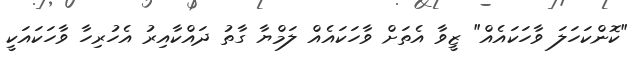
"ކޮންކަހަލަ ވާހަކައެއް" ޒީވާ އެތަށް ވާހަކައެއް ލަމްޔާ ގާތު ދައްކާއިރު އެހުރިހާ ވާހަކައަކީ